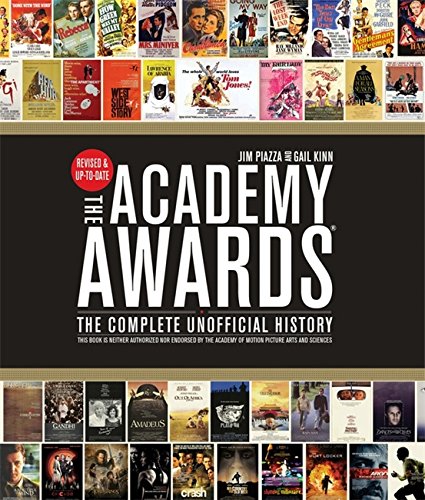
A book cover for Academy AwardsÂ®: The Complete Unofficial History -- Revised and Up-To-Date; Gail Kinn; Humor & Entertainment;